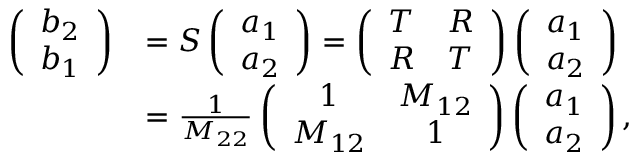
\begin{array} { r l } { \left( \begin{array} { l } { b _ { 2 } } \\ { b _ { 1 } } \end{array} \right) } & { = S \left( \begin{array} { l } { a _ { 1 } } \\ { a _ { 2 } } \end{array} \right) = \left( \begin{array} { l l } { T } & { R } \\ { R } & { T } \end{array} \right) \left( \begin{array} { l } { a _ { 1 } } \\ { a _ { 2 } } \end{array} \right) } \\ & { = \frac { 1 } { M _ { 2 2 } } \left( \begin{array} { c c } { 1 } & { M _ { 1 2 } } \\ { M _ { 1 2 } } & { 1 } \end{array} \right) \left( \begin{array} { l } { a _ { 1 } } \\ { a _ { 2 } } \end{array} \right) , } \end{array}